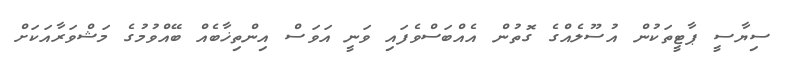
ސިޔާސީ ޕާޓީތަކުން އުސޫލެއްގެ ގޮތުން އެއްބަސްވެފައި ވަނީ އަވަސް އިންތިޚާބެއް ބޭއްވުމުގެ މަޝްވަރާއަކަށް